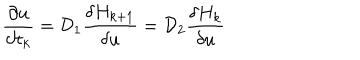
LaTeX: { \frac { \partial u } { \partial t _ { k } } } = { \cal D } _ { 1 } { \frac { \delta H _ { k + 1 } } { \delta u } } = { \cal D } _ { 2 } { \frac { \delta H _ { k } } { \delta u } }